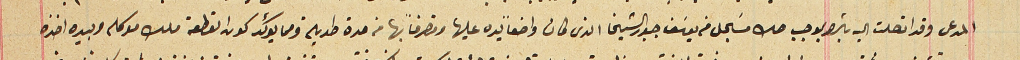
المدعى وقد اتصلت اليه بالشرا بموجب صك مسَجل من يوسَف جبور الشيخا الذى كان واضعاً يده عليها ومتصرفاً بها من مدة طويلة مما يؤكد كون القطعة ملك موكله وبيده اخذه